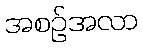
အစဉ်အလာ